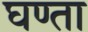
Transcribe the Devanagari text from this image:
घण्ता